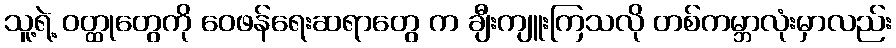
သူ့ရဲ့ ဝတ္ထုတွေကို ဝေဖန်ရေးဆရာတွေ က ချီးကျူးကြသလို တစ်ကမ္ဘာလုံးမှာလည်း